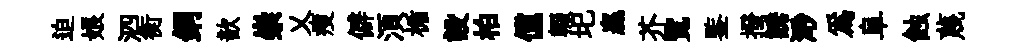
迫娘泗衡銅歆崇乂瘦僻湏楯設柏儻輟圯贏芥覧鍳撥誘𣺌爲阜蝕蔑